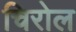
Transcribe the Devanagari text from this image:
चिरोल